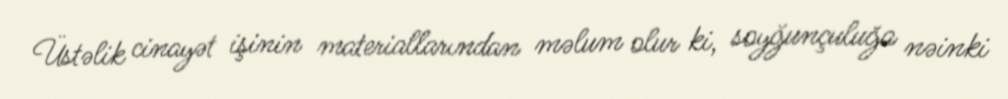
Üstəlik cinayət işinin materiallarından məlum olur ki, soyğunçuluğa nəinki